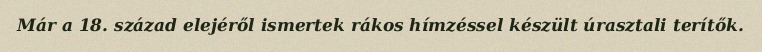
Már a 18. század elejéről ismertek rákos hímzéssel készült úrasztali terítők.